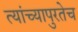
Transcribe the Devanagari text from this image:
त्यांच्यापुरतेच